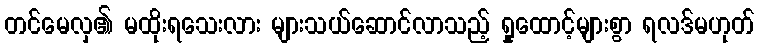
တင်မေလှ၏ မထိုးရသေးလား များသယ်ဆောင်လာသည့် ရှုထောင့်များစွာ ရလဒ်မဟုတ်